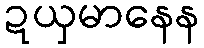
ဍယှမာနေန